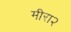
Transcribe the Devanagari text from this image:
मीरा२